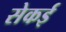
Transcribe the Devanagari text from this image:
सेकई